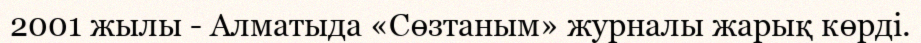
2001 жылы - Алматыда «Сөзтаным» журналы жарық көрді.